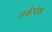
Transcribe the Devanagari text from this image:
तर्कपंक